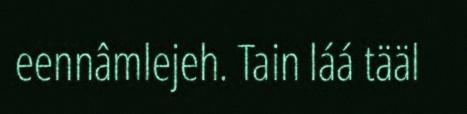
eennâmlejeh. Tain láá tääl